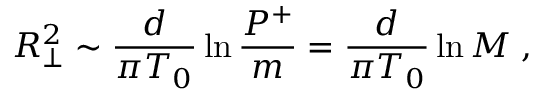
R _ { \perp } ^ { 2 } \sim { \frac { d } { \pi T _ { 0 } } } \ln { \frac { P ^ { + } } { m } } = { \frac { d } { \pi T _ { 0 } } } \ln M \; ,